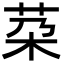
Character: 䒳